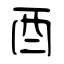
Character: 酉